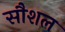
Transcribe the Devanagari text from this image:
सौशल